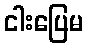
ငါးပြေမ